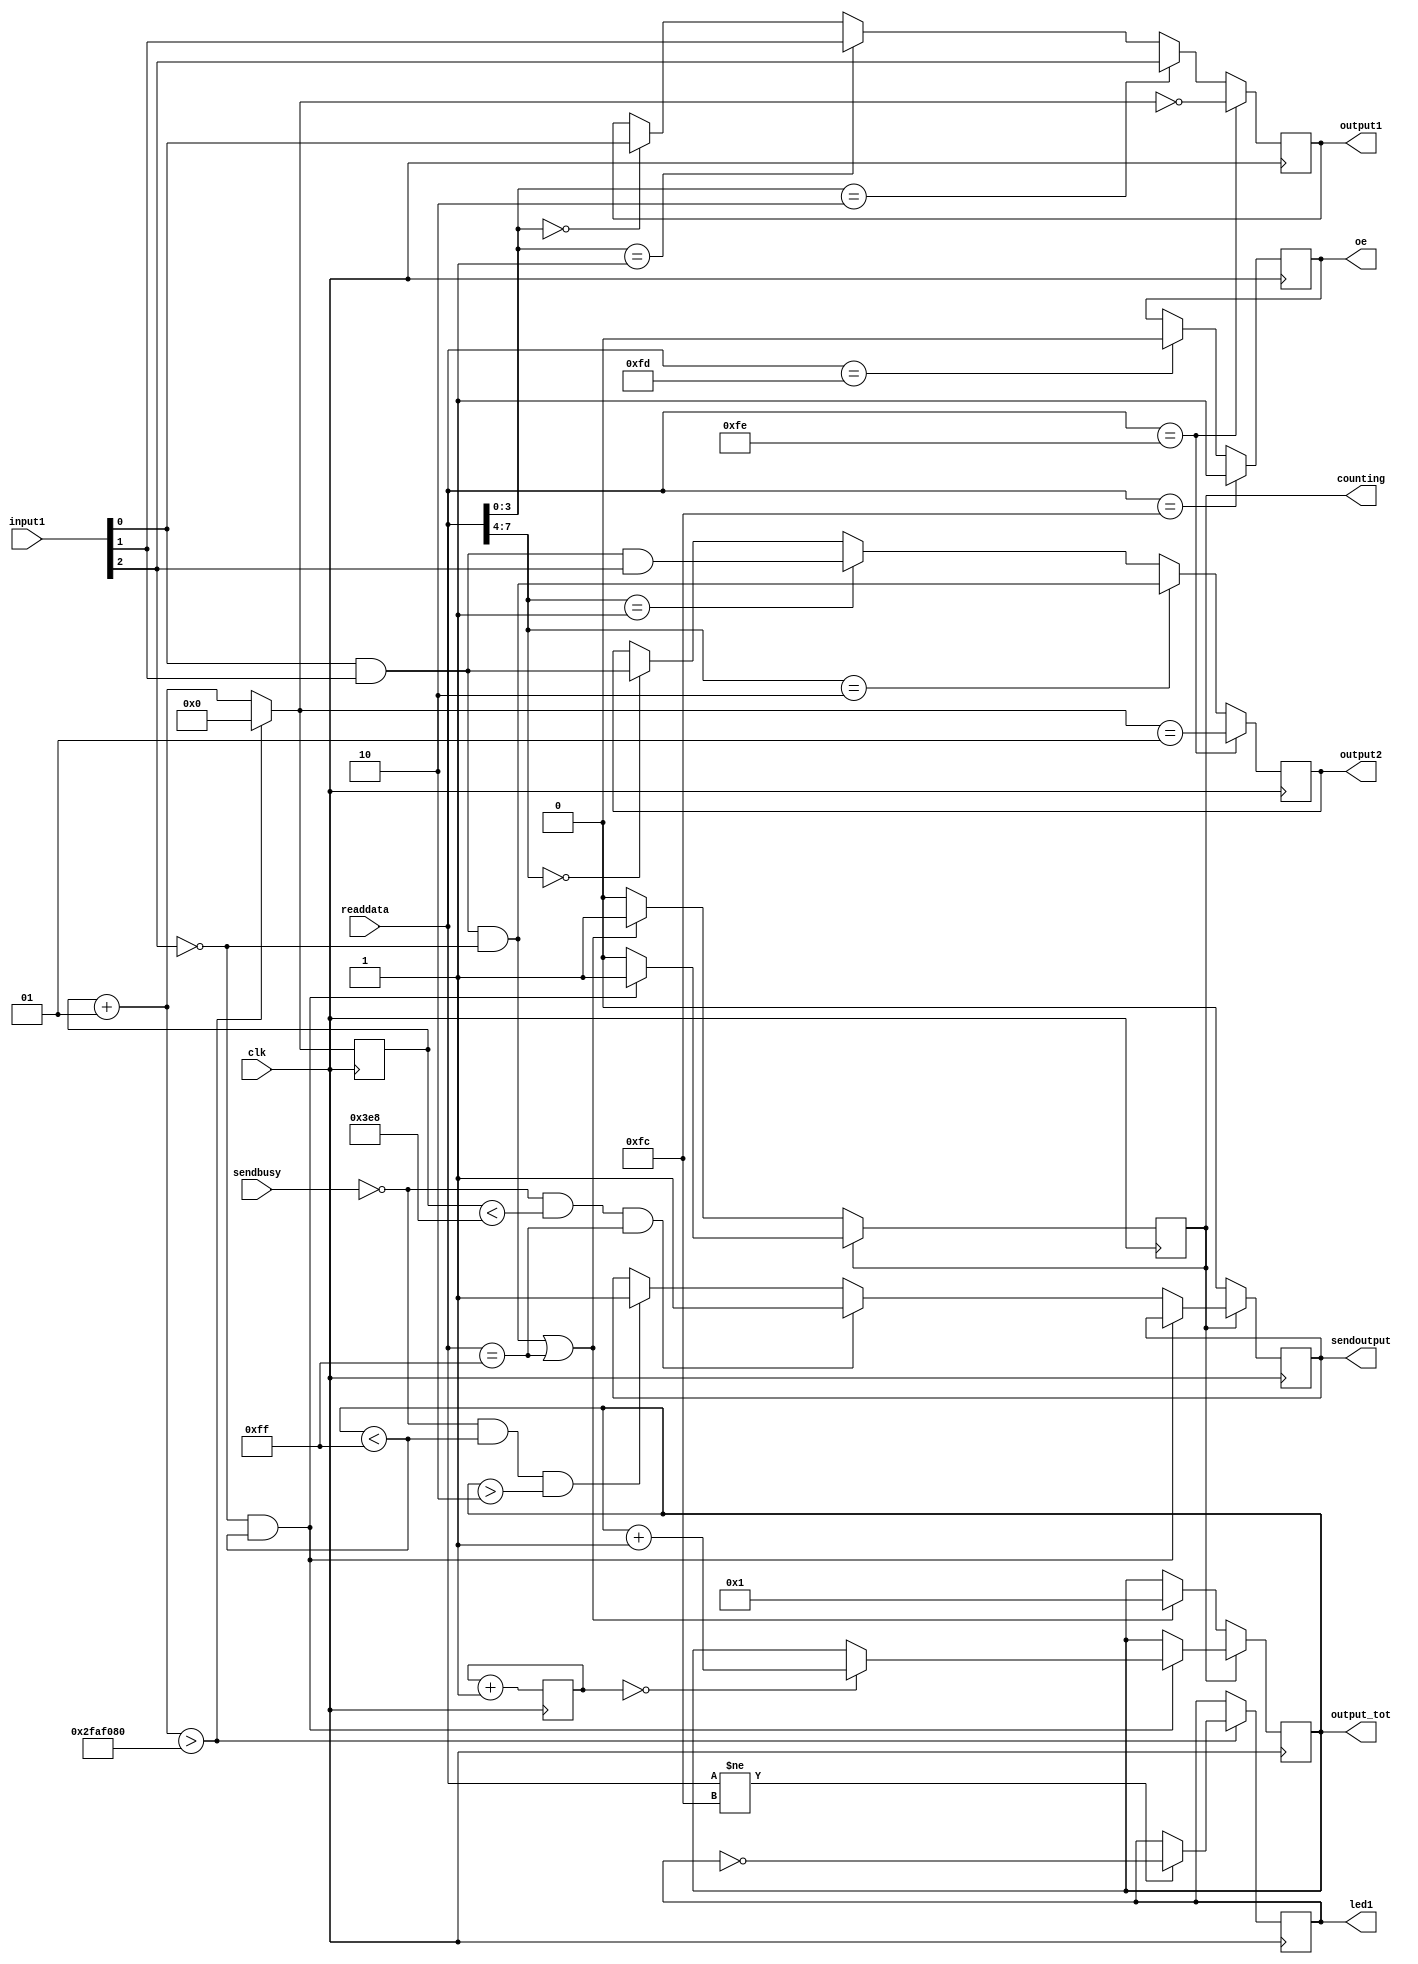
module SyncDelay( clk, input1, output1, 
	counting, sendoutput, sendbusy, output_tot, output2, readdata,
	led1, oe);

input clk;
input sendbusy;
output reg sendoutput;
input wire[2:0] input1;
output reg output1; // O142
output reg output2; // O141
output reg[7:0] output_tot;
reg [1:0] rollover;
output reg counting;
input [7:0] readdata;
output reg led1;
output reg oe=0;//enabled by default

//define signals here
assign signalA = input1[0];
assign signalB = input1[1];
assign signalC = input1[2];

//assign start/stop signals here
assign start =(signalA && signalB) && ~signalC;
assign stop = signalC;

initial begin
    counting<=0;
	 sendoutput<=0;
end

integer counter=0;
always @ (posedge clk)
begin
	
	// O142
	if (readdata[3:0]==0) begin
		output1 = signalA;
	end
	if (readdata[3:0]==1) begin
		output1 = signalB;
	end
	if (readdata[3:0]==2) begin
		output1 = signalC;
	end
	
	// O141
	if (readdata[7:4]==0) begin
		output2 = signalA && signalB;
	end
	if (readdata[7:4]==1) begin
		output2 = signalA && signalB && signalC;
	end
	if (readdata[7:4]==2) begin
		output2 = (signalA && signalB) && ~signalC;
	end
	
	rollover<=rollover+1;
	if (counting) begin //while counting
		if (~stop && output_tot<255) begin // keep counting until the stop signal or an overflow
			if (rollover==0) output_tot = output_tot+1; // only count every 4th clock tick
		end
		else begin
			counting<=0;
			if (~sendbusy && output_tot<255 && output_tot>2) sendoutput=1;//don't bother sending overflows or time differences too small
			if (~sendbusy && counter<1000 && readdata==255) sendoutput=1;//serial test
		end
	end	
	else begin //not counting
		sendoutput=0;
		if (start || readdata==255) begin
			counting<=1;
			output_tot=1;
		end
	end
	
	// for LED test
	counter=counter+1;
	if (counter>50000000) begin
		counter=0;
		if (readdata!=252) led1= ~led1;
	end
	
	// for output test
	if (readdata==254) begin
		output1 = (counter==0);
		output2 = (counter==1);
	end
	
	// output enable / disable
	if (readdata==253) oe=0; // enable
	if (readdata==252) oe=1; // disable

end //always

endmodule